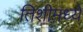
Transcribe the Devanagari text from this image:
तिशीमध्ये